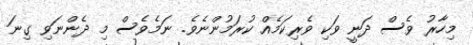
މިހާރު ވެސް ދަނީ ވަކި ވެރިކަމެއް ކުރަމުންނެވެ. ނަމެވެސް މި ދެންނަވި ގިނަ